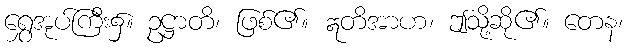
ရွှေအုပ်ကြီး၌။ ဥဋ္ဌာတိ၊ ဖြစ်၏။ ဣတိအာဟ၊ ဤသို့ဆို၏။ တေန၊